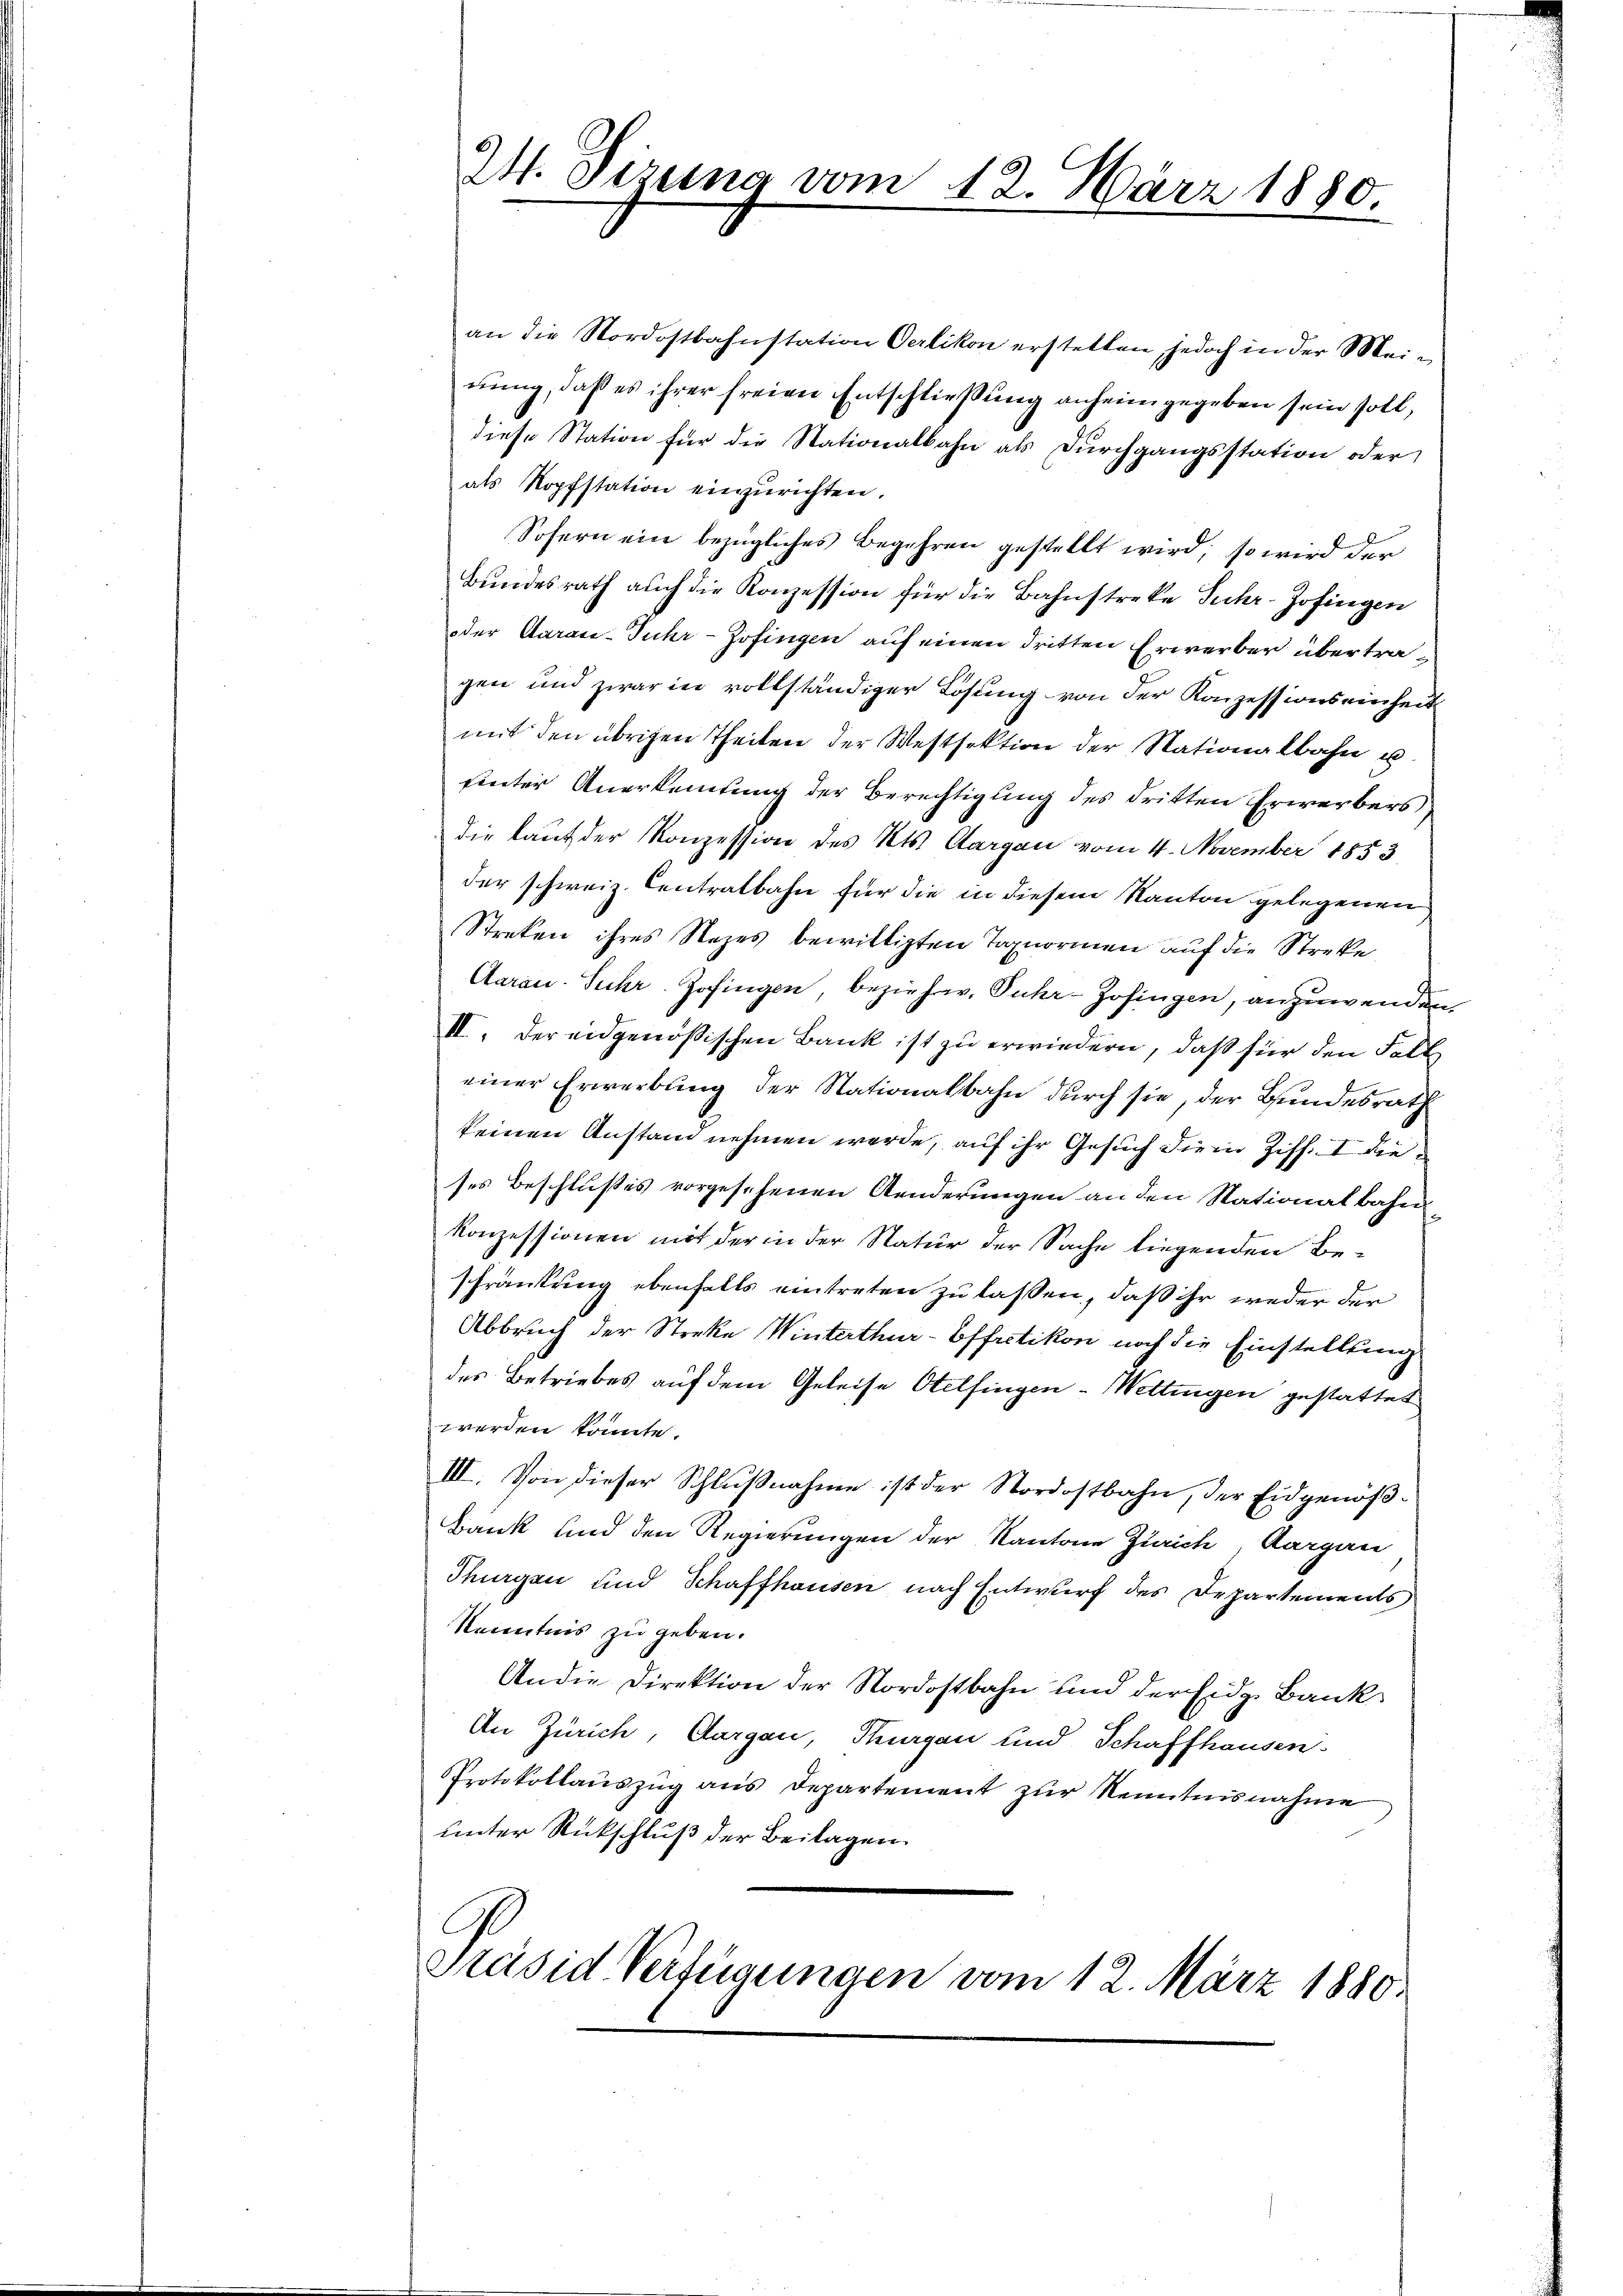
an die Nordostbahnstation Oerlikon erstellen, jedoch in der Meinung, daß es ihrer freien Entschließung anheim gegeben sein soll,
diese Station für die Stationalbahn als Durchgangsstation oder
als Kopfstation einzurichten.
Sofern ein bezügliches Begehren gestellt wird, so wird der
Bundesrath auch die Konzession für die Bahnstreke Fuhr-Zofingen
oder Aarau-Fuhr-Zofingen auf einen dritten Erwerber übertragen und zwar in vollständiger Lösung von der Konzessionseinheit
mit den übrigen Theilen der Westsektion der Nationalbahn u.
fieter Anerkenntung der Berechtigung des dritten Erwerbers
die laut der Konzession des Kts. Aargau vom 4. November 1853,
der schweiz. Centralbahn für die in diesem Kanton gelegenen
Streken ihres Nazes bewilligten Tagnormen auf die Streke
Aarau Suhr. Zofingen, bezieher. Puhr-Zofingen, anzuwenden.
II. Der eidgenößischen Bank ist zu erwiedern, daß für den Fall
einer Erwerbung der Nationalbahn durch sie, der Bundesrath
keinen Anstand nehmen werde, auf ihr Gesuch die in Ziff. I die
ses Beschlußes vorgesehenen Aenderungen an den Stationalbahn
konzessionen mit der in der Natur der Sache liegenden Beschränkung ebenfalls eintreten zu lassen, daß ihr weder der
Abbruch der Streke Winterthur-Effretikon noch die Einstellung
des Betriebes auf dem Geleise Otelfingen - Wettingen gestattet
werden könnte.
III. Von dieser Schlußnahme ist der Nordostbahn, der Eidgenöß¬
Bank und den Regierungen der Kantone Zürich Aargau
Thurgau und Schaffhausen nach Entwurf des Departements
Kenntnis zu geben.
An die Direktion der Nordostbahn und der Eidg. Bank
An Zürich, Aargau, Thurgau und Schaffhausen.
Protokollaŭszŭg aŭs Departement zŭr Kenntnisnahme
unter Rückschluß der Beilagen.

24. Sizung vom 12. März 1880,

Präsid Verfügungen vom 12. März 1880.